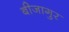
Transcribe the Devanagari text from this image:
बीजागुर